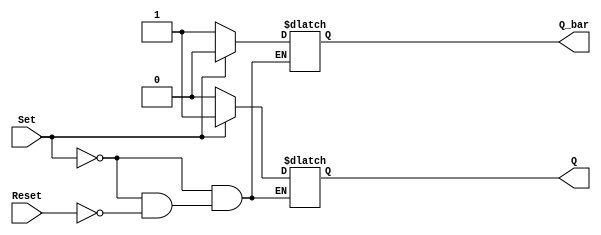
module sr_flipflop (
    input Set,
    input Reset,
    output reg Q,
    output reg Q_bar
);

always @ (Set or Reset)
begin
    if (Set)
    begin
        Q = 1;
        Q_bar = 0;
    end
    else if (Reset)
    begin
        Q = 0;
        Q_bar = 1;
    end
end

endmodule